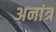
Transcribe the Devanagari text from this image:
अनांत्र